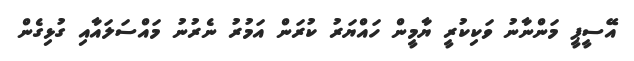
އޭސީޕީ މަންނާނު ވަކިކުރީ ޔާމީން ހައްޔަރު ކުރަން އަމުރު ނެރުނު މައްސަލައާއި ގުޅިގެން